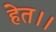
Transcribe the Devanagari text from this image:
हेत।।